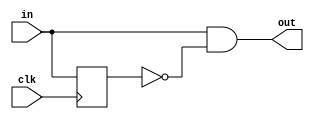
module edge_detect(
	input						clk,
	input		[width:1]	in,
	output	[width:1]	out
);

parameter width = 1;	

reg [width:1] last;

assign out = in & ~last;

always @ (posedge clk) begin : Driver
	last <= in;
end

endmodule